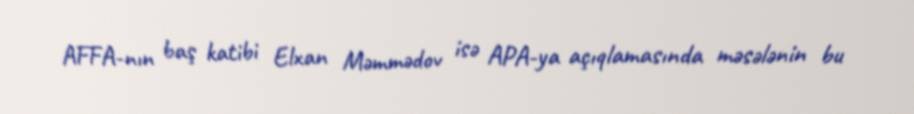
AFFA-nın baş katibi Elxan Məmmədov isə APA-ya açıqlamasında məsələnin bu